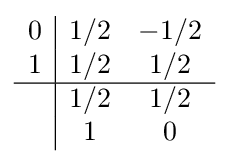
{\begin{array}{c|cc}0&1/2&-1/2\\1&1/2&1/2\\\hline &1/2&1/2\\&1&0\\\end{array}}